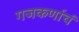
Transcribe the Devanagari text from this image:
गजकर्णाचं